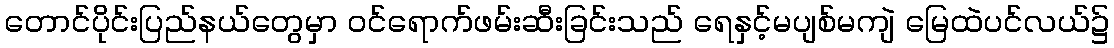
တောင်ပိုင်းပြည်နယ်တွေမှာ ဝင်ရောက်ဖမ်းဆီးခြင်းသည် ရေနှင့်မပျစ်မကျဲ မြေထဲပင်လယ်၌